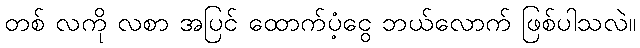
တစ် လကို လစာ အပြင် ထောက်ပံ့ငွေ ဘယ်လောက် ဖြစ်ပါသလဲ။